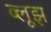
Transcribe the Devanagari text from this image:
ब्लूझ